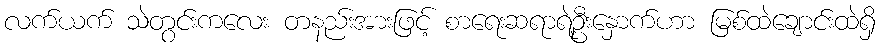
လက်ယက် သဲတွင်းကလေး တနည်းအားဖြင့် စာရေးဆရာရဲ့ဦးနှောက်ဟာ မြစ်ထဲချောင်းထဲရှိ